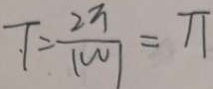
T = \frac { 2 \pi } { \vert w \vert } = \pi